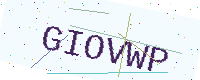
Text: GIOVWP